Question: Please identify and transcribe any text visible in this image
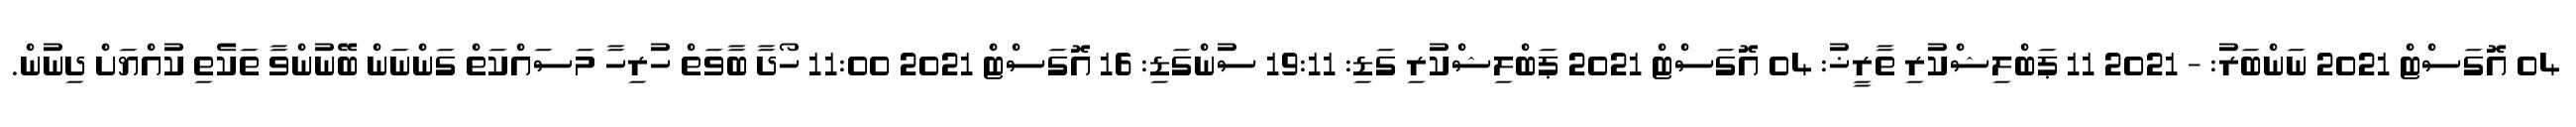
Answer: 04 އޮގަސްޓް 2021 ނަންބަރު: - 2021 11 ޕަބްލިޝްކުރި ތާރީޚު: 04 އޮގަސްޓް 2021 ޕަބްލިޝްކުރި ގަޑި: 19:11 ސުންގަޑި: 16 އޮގަސްޓް 2021 11:00 ހޯދާ ބާވަތް ހުރިހާ މަސައްކަތް ގަންނަން ބޭނުންވާ ތަކެތި ކުއްޔަށް ދިނުން.